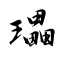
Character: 瓃